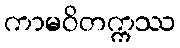
ကာမဝိတက္ကဿ